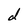
Character: d